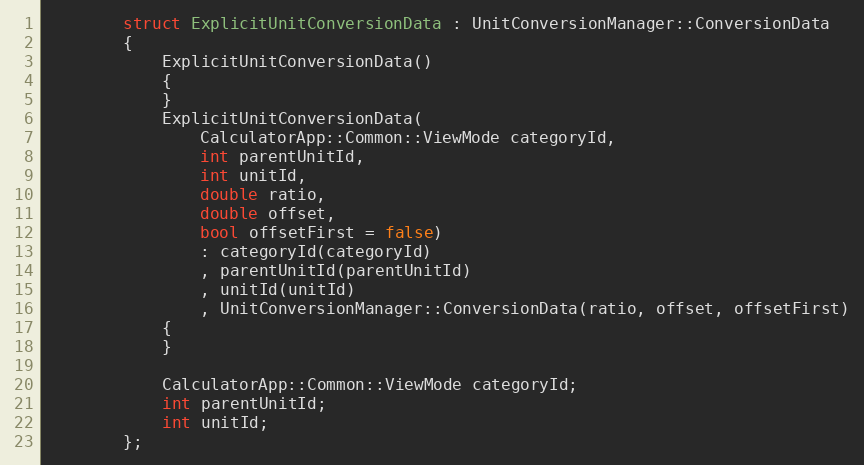
Language: C
        struct ExplicitUnitConversionData : UnitConversionManager::ConversionData
        {
            ExplicitUnitConversionData()
            {
            }
            ExplicitUnitConversionData(
                CalculatorApp::Common::ViewMode categoryId,
                int parentUnitId,
                int unitId,
                double ratio,
                double offset,
                bool offsetFirst = false)
                : categoryId(categoryId)
                , parentUnitId(parentUnitId)
                , unitId(unitId)
                , UnitConversionManager::ConversionData(ratio, offset, offsetFirst)
            {
            }

            CalculatorApp::Common::ViewMode categoryId;
            int parentUnitId;
            int unitId;
        };